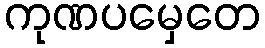
ကုဏပမှေတေ